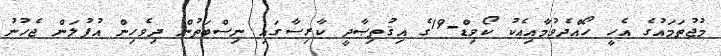
މުޖުތަމައުގެ އެހީ ހޯއްދެވުމާއިއެކު ކޯވިޑް-19ގެ އިޤުތިޞާދީ ކާރިސާގައި ނިސްބަތުން ދިވެހިން އުފުލަން ޖެހުނު